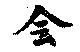
會